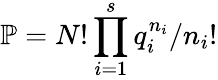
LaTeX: \mathbb{P}=N!\prod_{i=1}^{s}{q_{i}^{n_{i}}}/{n_{i}!}